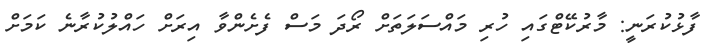
ފާޅުކުރަނީ: މާރުކޭޓްގައި ހުރި މައްސަލަތަށް ރޯދަ މަސް ފެށެންވާ އިރަށް ހައްލުކުރާނެ ކަމަށް